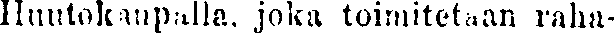
Huutokaupalla, joka toimitetaan raha-